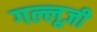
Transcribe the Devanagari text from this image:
गल्लूजी